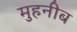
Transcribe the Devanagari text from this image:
मुहनीब